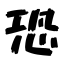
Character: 恐